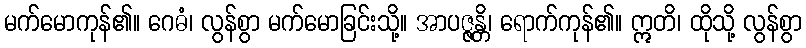
မက်မောကုန်၏။ ဂေဓံ၊ လွန်စွာ မက်မောခြင်းသို့။ အာပဇ္ဇန္တိ၊ ရောက်ကုန်၏။ ဣတိ၊ ထိုသို့ လွန်စွာ